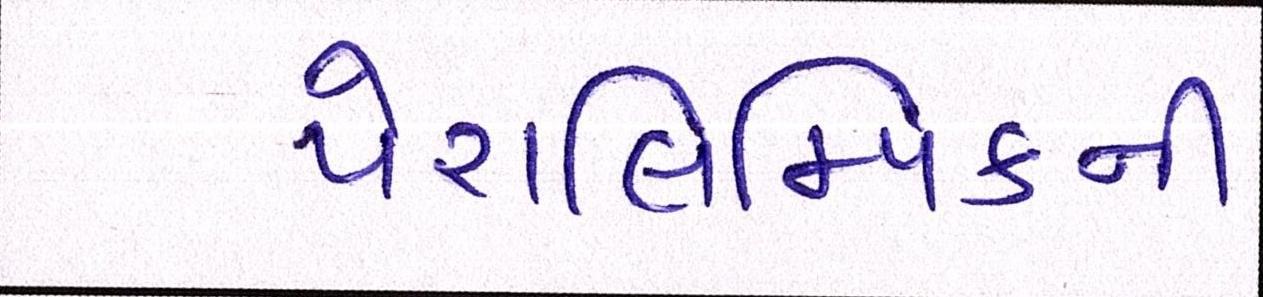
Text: પેરાલિમ્પિકની